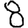
Digit: 8